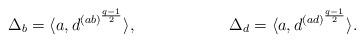
LaTeX: \begin{align*}\Delta_b = \langle a, d^{(ab)^{\frac{q-1}{2}}} \rangle, &&\Delta_d = \langle a, d^{(ad)^{\frac{q-1}{2}}} \rangle.\end{align*}